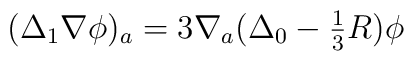
(\Delta_1 \nabla \phi)_a = 3 \nabla_a (\Delta_0 - {\textstyle\frac{1}{3}}R)\phi